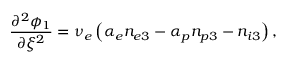
\frac { \partial ^ { 2 } \phi _ { 1 } } { \partial \xi ^ { 2 } } = \nu _ { e } \left( \alpha _ { e } n _ { e 3 } - \alpha _ { p } n _ { p 3 } - n _ { i 3 } \right) ,